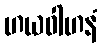
ဟယဝါဟနံ